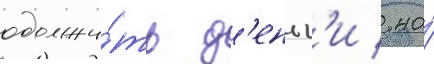
одолжи́ть д'еньг'и / но́